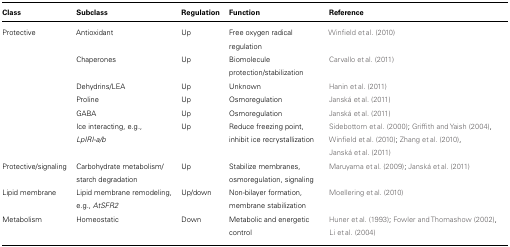
<table><thead><tr><td><b>Class</b></td><td><b>Subclass</b></td><td><b>Regulation</b></td><td><b>Function</b></td><td><b>Reference</b></td></tr></thead><tbody><tr><td>Protective</td><td>Antioxidant</td><td>Up</td><td>Free oxygen radical regulation</td><td>Winfield et al. (2010)</td></tr><tr><td></td><td>Chaperones</td><td>Up</td><td>Biomolecule protection/stabilization</td><td>Carvallo et al. (2011)</td></tr><tr><td></td><td>Dehydrins/LEA</td><td>Up</td><td>Unknown</td><td>Hanin et al. (2011)</td></tr><tr><td></td><td>Proline</td><td>Up</td><td>Osmoregulation</td><td>Janská et al. (2011)</td></tr><tr><td></td><td>GABA</td><td>Up</td><td>Osmoregulation</td><td>Janská et al. (2011)</td></tr><tr><td></td><td>Ice interacting, e.g., <i>LpIRI-a/b</i></td><td>Up</td><td>Reduce freezing point, inhibit ice recrystallization</td><td>Sidebottom et al. (2000); Griffith and Yaish (2004), Winfield et al. (2010); Zhang et al. (2010), Janská et al. (2011)</td></tr><tr><td>Protective/signaling</td><td>Carbohydrate metabolism/starch degradation</td><td>Up</td><td>Stabilize membranes, osmoregulation, signaling</td><td>Maruyama et al. (2009); Janská et al. (2011)</td></tr><tr><td>Lipid membrane</td><td>Lipid membrane remodeling, e.g., <i>AtSFR2</i></td><td>Up/down</td><td>Non-bilayer formation, membrane stabilization</td><td>Moellering et al. (2010)</td></tr><tr><td>Metabolism</td><td>Homeostatic</td><td>Down</td><td>Metabolic and energetic control</td><td>Huner et al. (1993); Fowler and Thomashow (2002), Li et al. (2004)</td></tr></tbody></table>